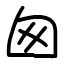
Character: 囪